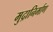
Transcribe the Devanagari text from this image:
मुद्रानिर्माण